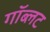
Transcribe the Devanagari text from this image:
गॉब्लट